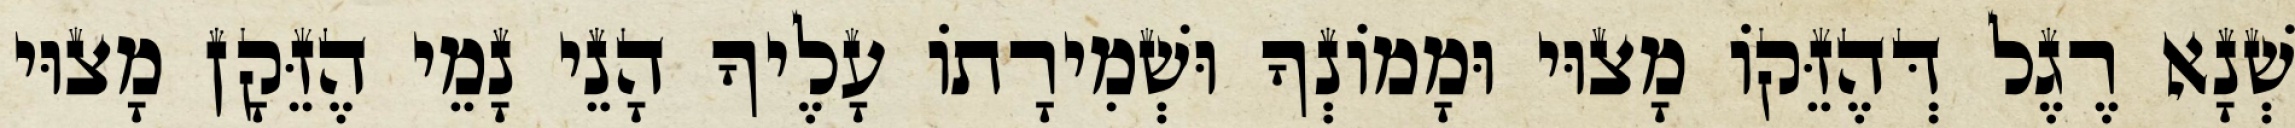
שְׁנָא רֶגֶל דְּהֶזֵּקוֹ מָצוּי וּמָמוֹנְךָ וּשְׁמִירָתוֹ עָלֶיךָ הָנֵי נָמֵי הֶזֵּקָן מָצוּי